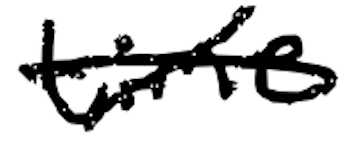
Text: time
Cross-out: cross
Writing tool: digital_black